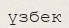
үзбек